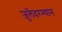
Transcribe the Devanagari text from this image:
जुलैदरम्यान